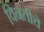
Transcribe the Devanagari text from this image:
विनंतीचे